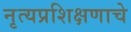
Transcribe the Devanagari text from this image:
नृत्यप्रशिक्षणाचे